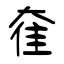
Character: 奞